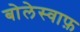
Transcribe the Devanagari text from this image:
बोलेस्वाफ़